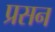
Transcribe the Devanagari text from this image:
प्रसन